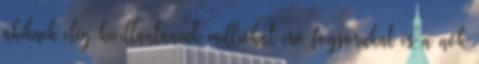
akiknek elég kivillantaniuk milliókat érő fogsorukat és a nők